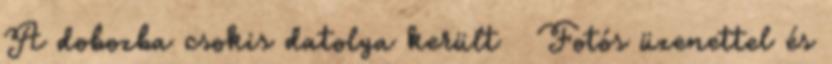
A dobozba csokis datolya került 🙂 Fotós üzenettel és